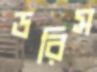
ডরিস